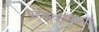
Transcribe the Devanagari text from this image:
ग्रहकक्षाव्यासार्धं